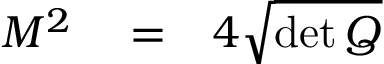
\begin{array} { r l r } { M ^ { 2 } } & { { } = } & { 4 \sqrt { \operatorname* { d e t } Q } } \end{array}